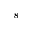
^ { - 8 }